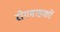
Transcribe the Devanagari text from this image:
रोगवाहकों